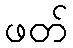
ဖတ်